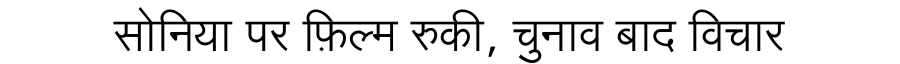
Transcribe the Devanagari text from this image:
सोनिया पर फ़िल्म रुकी, चुनाव बाद विचार